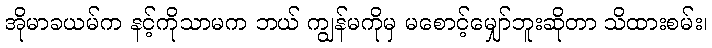
အိုမာခယမ်က နင့်ကိုသာမက ဘယ် ကျွန်မကိုမှ မစောင့်မျှော်ဘူးဆိုတာ သိထားစမ်း၊